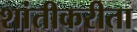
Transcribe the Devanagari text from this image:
शांतीकरीता